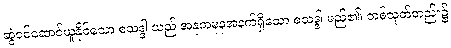
ဆွဲငင်ဆောင်ယူနိုင်သော စသဒ္ဒါ သည် အနုကဍ္ဎနအနက်ရှိသော စသဒ္ဒါ မည်၏၊ တစ်သုတ်တည်း၌